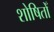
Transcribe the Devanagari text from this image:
शोषितोँ